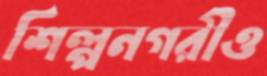
শিল্পনগরীও